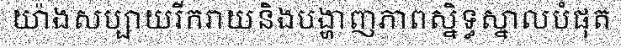
យ៉ាងសប្បាយរីករាយនិងបង្ហាញភាពស្និទ្ធស្នាលបំផុត